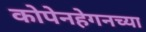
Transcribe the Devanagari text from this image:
कोपेनहेगनच्या